Lunatic asylums Bombay report 1891-1903 - 1891-1903
Year: 1891
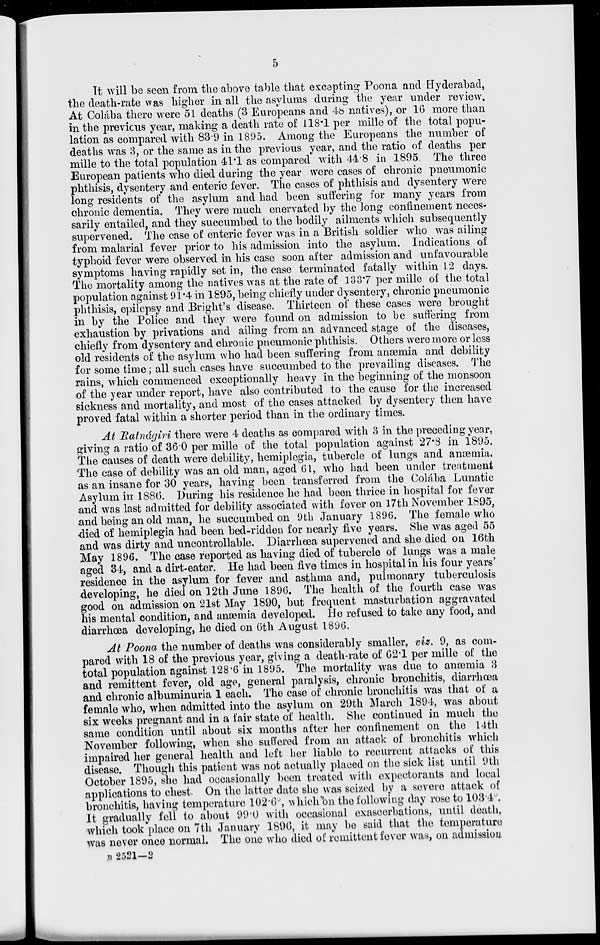
5
It will be seen from the above table that excepting Poona and Hyderabad,
the death-rate was higher in all the asylums during the year under review.
At Colába there were 51 deaths (3 Europeans and 48 natives), or 16 more than
in the previous year, making a death rate of 118.1 per mille of the total popu-
lation as compared with 83.9 in 1895. Among the Europeans the number of
deaths was 3, or the same as in the previous year, and the ratio of deaths per
mille to the total population 41.1 as compared with 44.8 in 1895. The three
European patients who died during the year were cases of chronic pneumonic
phthisis, dysentery and enteric fever. The cases of phthisis and dysentery were
long residents of the asylum and had been suffering for many years from
chronic dementia. They were much enervated by the long confinement neces-
sarily entailed, and they succumbed to the bodily ailments which subsequently
supervened. The case of enteric fever was in a British soldier who was ailing
from malarial fever prior to his admission into the asylum. Indications of
typhoid fever were observed in his case soon after admission and unfavourable
symptoms having rapidly set in, the case terminated fatally within 12 days.
The mortality among the natives was at the rate of 133.7 per mille of the total
population against 91.4 in 1895, being chiefly under dysentery, chronic pneumonic
phthisis, epilepsy and Bright's disease. Thirteen of these cases were brought
in by the Police and they were found on admission to be suffering from
exhaustion by privations and ailing from an advanced stage of the diseases,
chiefly from dysentery and chronic pneumonic phthisis. Others were more or less
old residents of the asylum who had been suffering from anæmia and debility
for some time; all such cases have succumbed to the prevailing diseases. The
rains, which commenced exceptionally heavy in the beginning of the monsoon
of the year under report, have also contributed to the cause for the increased
sickness and mortality, and most of the cases attacked by dysentery then have
proved fatal within a shorter period than in the ordinary times.
At Ratnágiri there were 4 deaths as compared with 3 in the preceding year,
giving a ratio of 36.0 per mille of the total population against 27.8 in 1895.
The causes of death were debility, hemiplegia, tubercle of lungs and anæmia.
The case of debility was an old man, aged 61, who had been under treatment
as an insane for 30 years, having been transferred from the Colába Lunatic
Asylum in 1886. During his residence he had been thrice in hospital for fever
and was last admitted for debility associated with fever on 17th November 1895,
and being an old man, he succumbed on 9th January 1896. The female who
died of hemiplegia had been bed-ridden for nearly five years. She was aged 55
and was dirty and uncontrollable. Diarrhœa supervened and she died on 16th
May 1896. The case reported as having died of tubercle of lungs was a male
aged 34, and a dirt-eater. He had been five times in hospital in his four years'
residence in the asylum for fever and asthma and, pulmonary tuberculosis
developing, he died on 12th June 1896. The health of the fourth case was
good on admission on 21st May 1890, but frequent masturbation aggravated
his mental condition, and anæmia developed. He refused to take any food, and
diarrhœa developing, he died on 6th August 1896.
At Poona the number of deaths was considerably smaller, viz. 9, as com-
pared with 18 of the previous year, giving a death-rate of 62.1 per mille of the
total population against 128.6 in 1895. The mortality was due to anæmia 3
and remittent fever, old age, general paralysis, chronic bronchitis, diarrhœa
and chronic albuminuria 1 each. The case of chronic bronchitis was that of a
female who, when admitted into the asylum on 29th March 1894, was about
six weeks pregnant and in a fair state of health. She continued in much the
same condition until about six months after her confinement on the 14th
November following, when she suffered from an attack of bronchitis which
impaired her general health and left her liable to recurrent attacks of this
disease. Though this patient was not actually placed on the sick list until 9th
October 1895, she had occasionally been treated with expectorants and local
applications to chest. On the latter date she was seized by a severe attack of
bronchitis, having temperature 102.6°, which on the following day rose to 103.4°.
It gradually fell to about 99.0 with occasional exascerbations, until death,
which took place on 7th January 1896, it may be said that the temperature
was never once normal. The one who died of remittent fever was, on admission
B 2521—2